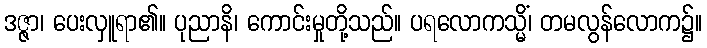
ဒဇ္ဇာ၊ ပေးလှူရာ၏။ ပုညာနိ၊ ကောင်းမှုတို့သည်။ ပရလောကသ္မိံ၊ တမလွန်လောက၌။